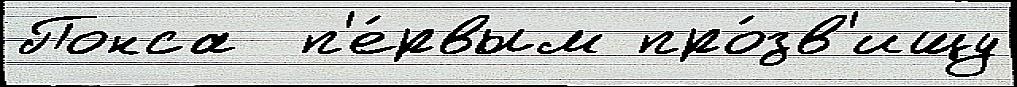
Понса  п'е́рвым про́зв'ищу